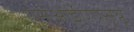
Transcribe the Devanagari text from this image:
एसआईएएसयू